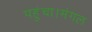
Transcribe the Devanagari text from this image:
पहुंचा।मंगल